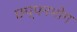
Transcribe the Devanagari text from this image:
छप्पनभोग